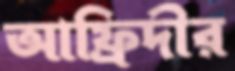
আফ্রিদীর